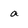
Character: a